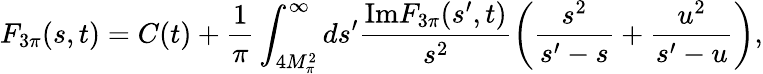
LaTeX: F_{3\pi}(s,t)=C(t)+\frac{1}{\pi}\int_{4M_{\pi}^{2}}^{\infty}ds^{\prime}\frac{\mathrm{Im}F_{3\pi}(s^{\prime},t)}{s^{2}}\left(\frac{s^{2}}{s^{\prime}-s}+\frac{u^{2}}{s^{\prime}-u}\right),